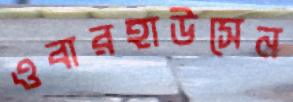
ওবারহাউসেন